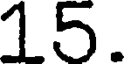
15.